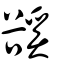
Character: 豀